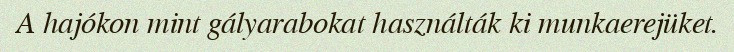
A hajókon mint gályarabokat használták ki munkaerejüket.